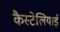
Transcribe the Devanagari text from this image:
कैस्टेलियाई